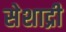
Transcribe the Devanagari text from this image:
सेशाद्री